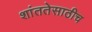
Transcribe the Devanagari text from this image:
शांततेसाठीच